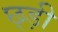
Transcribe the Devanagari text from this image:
छ्ड़ी